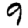
Digit: 9